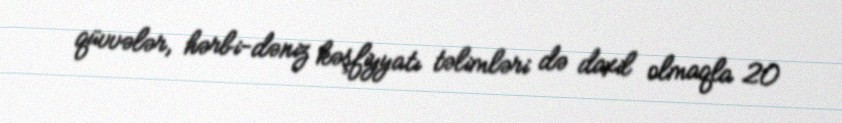
qüvvələr, hərbi-dəniz kəşfiyyatı təlimləri də daxil olmaqla 20